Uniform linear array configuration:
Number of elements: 4
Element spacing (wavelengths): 1
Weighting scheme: hamming
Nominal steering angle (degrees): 30
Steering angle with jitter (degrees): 28.645
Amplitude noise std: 0.05
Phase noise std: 0.05

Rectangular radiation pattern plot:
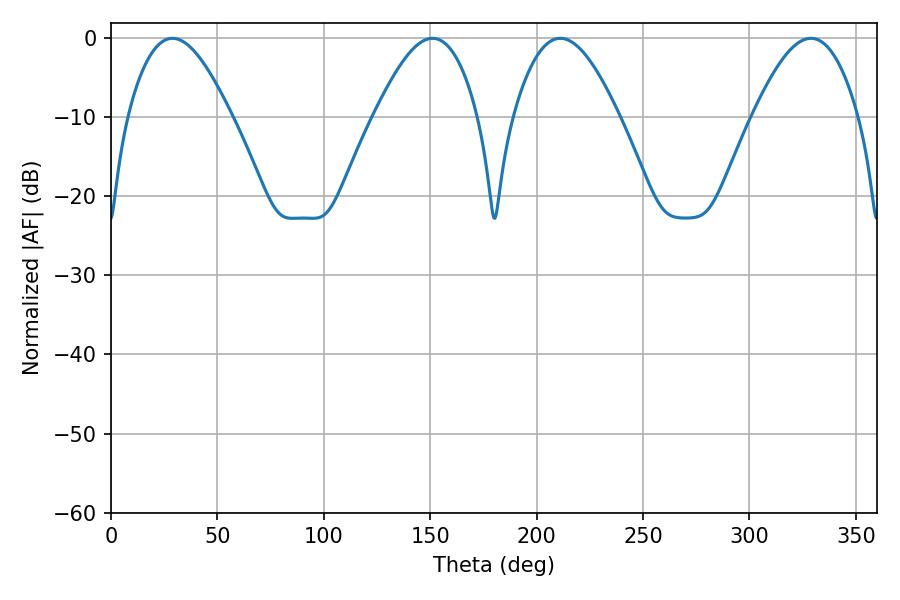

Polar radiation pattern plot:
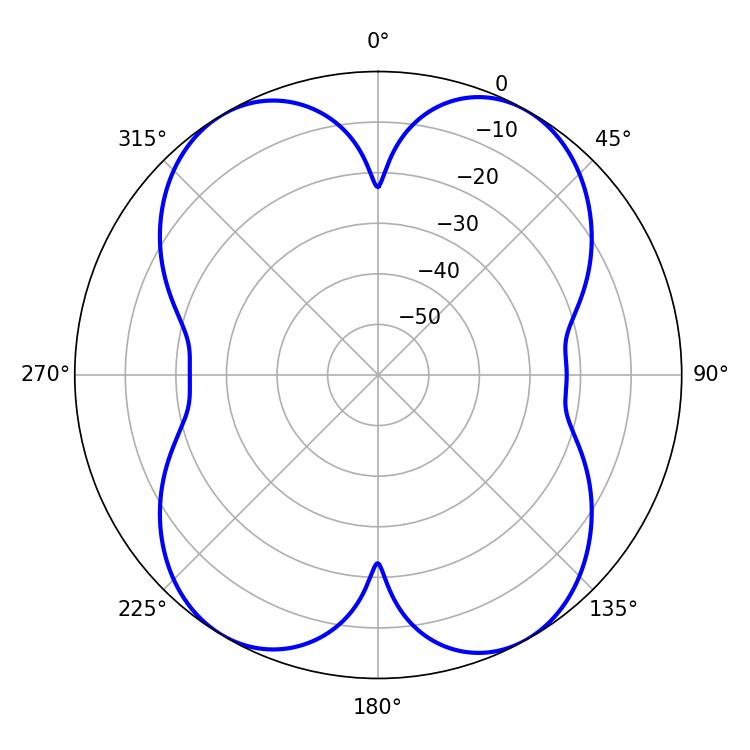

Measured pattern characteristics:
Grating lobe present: TRUE
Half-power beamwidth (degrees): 26.82
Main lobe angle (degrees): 211.14